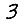
Digit: 3